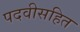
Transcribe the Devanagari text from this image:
पदवीसहित